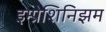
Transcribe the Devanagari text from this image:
इम्प्रेशिनिझम